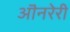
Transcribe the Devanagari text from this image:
ऒनरेरी